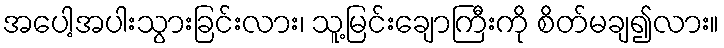
အပေါ့အပါးသွားခြင်းလား၊ သူ့မြင်းချောကြီးကို စိတ်မချ၍လား။